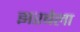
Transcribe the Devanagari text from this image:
झरबेला